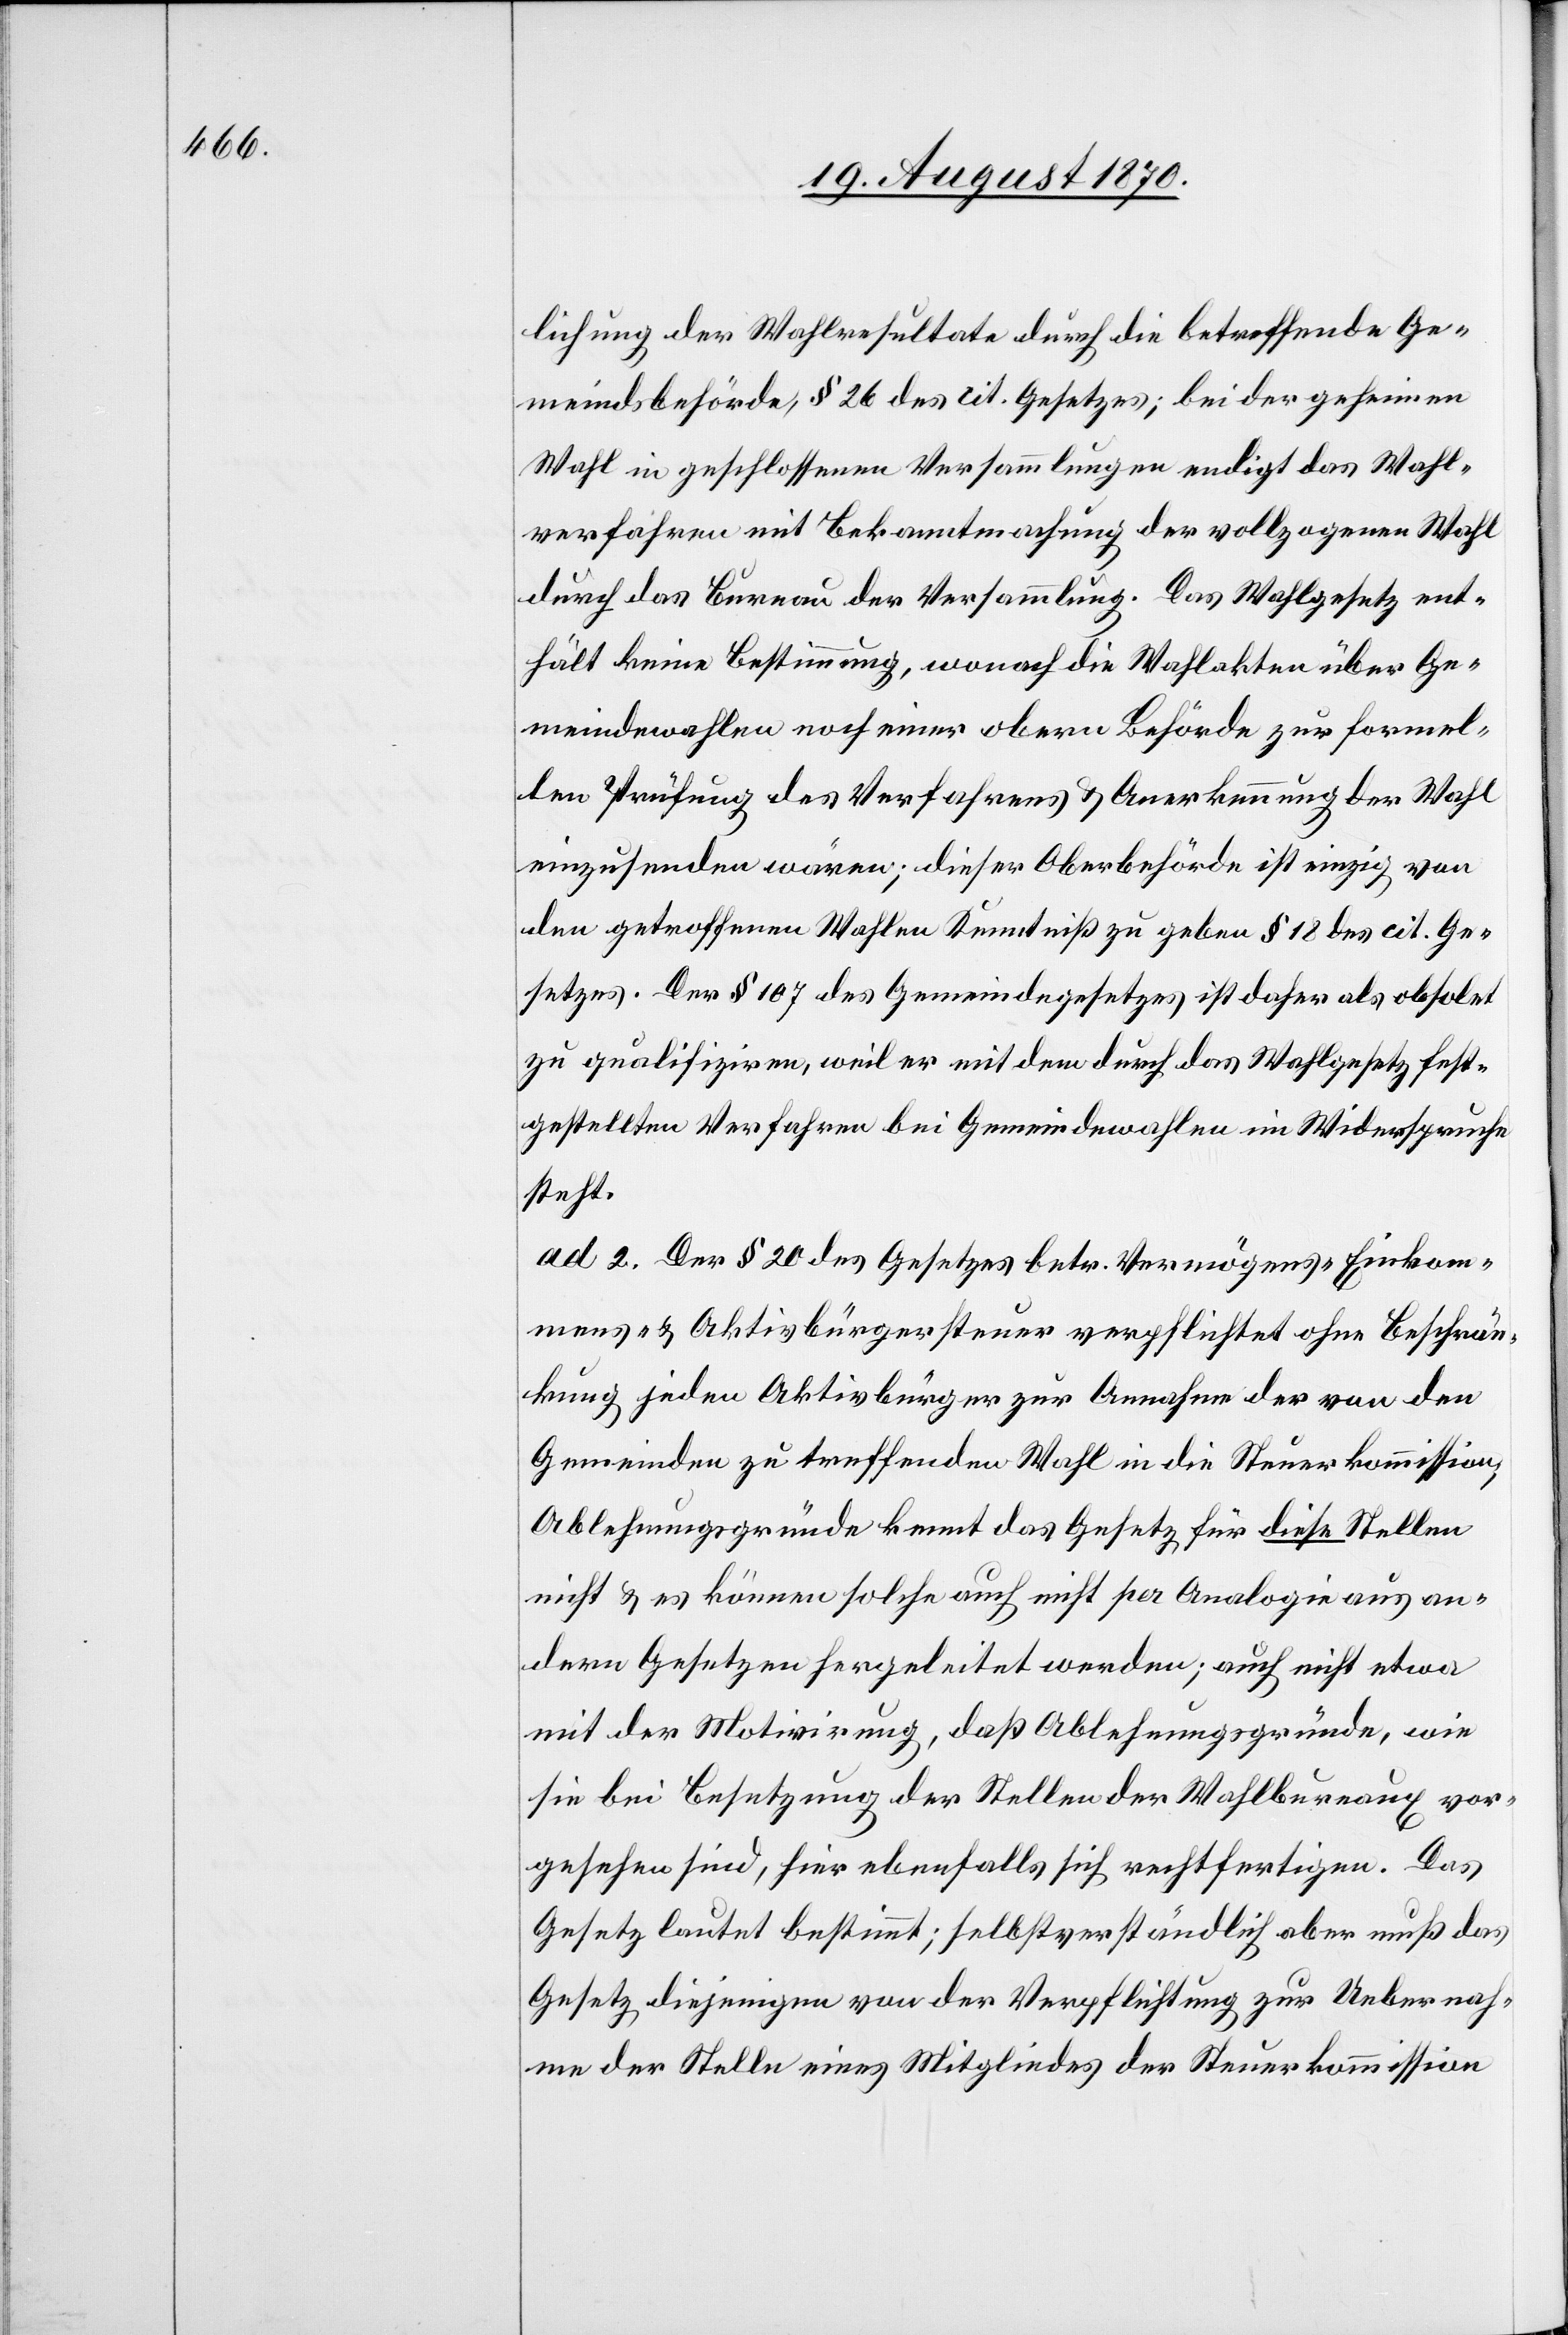
lichung der Wahlresultate durch die betreffende Ge¬
meindsbehörde, § 26 des cit. Gesetzes; bei der geheimen
Wahl in geschlossenen Versammlungen endigt das Wahl¬
verfahren mit Bekanntmachung der vollzogenen Wahl
durch das Bureau der Versammlung. Das Wahlgesetz ent¬
hält keine Bestimmung, wonach die Wahlakten über Ge¬
meindewahlen noch einer obern Behörde zur formel¬
len Prüfung des Verfahrens & Anerkennung der Wahl
einzusenden wären; dieser Oberbehörde ist einzig von
den getroffenen Wahlen Kenntniß zu geben[,] § 18 des cit. Ge¬
setzes. Der § 107 des Gemeindegesetzes ist daher als obsolet
zu qualifiziren, weil er mit dem durch das Wahlgesetz fest¬
gestellten Verfahren bei Gemeindewahlen im Widerspruche
steht.
ad 2. Der § 20 des Gesetzes betr. Vermögens- Einkom¬
mens- & Aktivbürgersteuer verpflichtet ohne Beschrän¬
kung jeden Aktivbürger zur Annahme der von den
Gemeinden zu treffenden Wahl in die Steuerkommission;
Ablehnungsgründe kennt das Gesetz für diese Stellen
nicht & es können solche auch nicht per Analogie aus an¬
dern Gesetzen hergeleitet werden; auch nicht etwa
mit der Motivirung, daß Ablehnungsgründe, wie
sie bei Besetzung der Stellen der Wahlbureau vor¬
gesehen sind, hier allenfalls sich rechtfertigen. Das
Gesetz lautet bestimmt; selbstverständlich aber muß das
Gesetz diejenigen von der Verpflichtung zur Uebernah¬
me der Stelle eines Mitgliedes der Steuerkommission